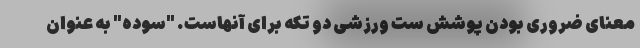
معنای ضروری بودن پوشش ست ورزشی دو تکه برای آنهاست. "سوده" به عنوان